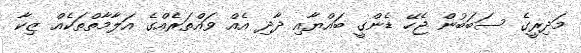
މަދިރީގެ ސަބަބުން ޖެހޭ ޑެންގީ ބައްޔާއި ދާދި އެއް ވައްތަރެއްގެ އަލާމާތްތަކެއް ޒިކާ